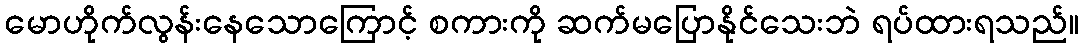
မောဟိုက်လွန်းနေသောကြောင့် စကားကို ဆက်မပြောနိုင်သေးဘဲ ရပ်ထားရသည်။